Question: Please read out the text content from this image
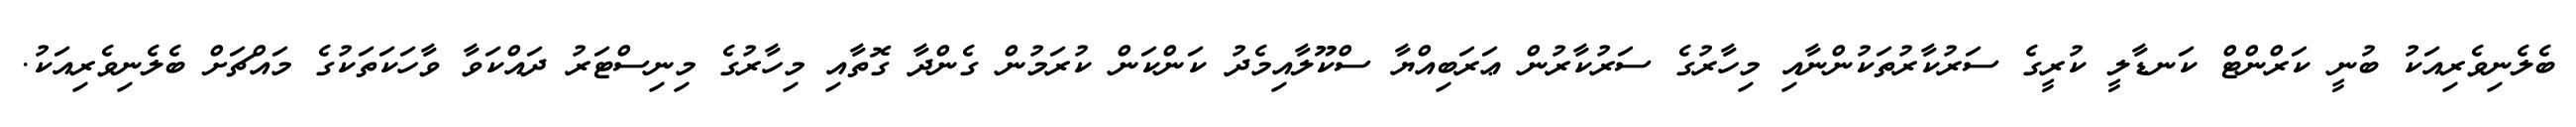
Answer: ބެލެނިވެރިއަކު ބުނީ ކަރްންޓް ކަނޑާލީ ކުރީގެ ސަރުކާރުތަކުންނާއި މިހާރުގެ ސަރުކާރުން ޢަރަބިއްޔާ ސްކޫލާއިމެދު ކަންކަން ކުރަމުން ގެންދާ ގޮތާއި މިހާރުގެ މިނިސްޓަރު ދައްކަވާ ވާހަކަތަކުގެ މައްޗަށް ބެލެނިވެރިއަކު.